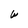
Character: W